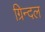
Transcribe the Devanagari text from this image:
ग्रिन्दल